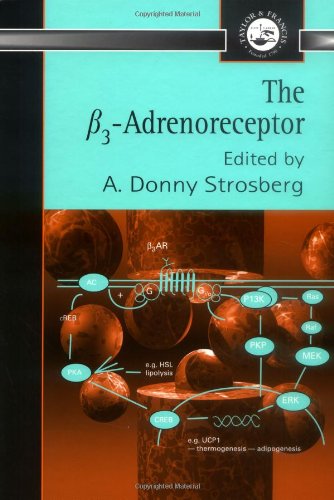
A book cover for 3 Adrenoreceptor (Pharmaceutical Science Series); Medical Books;